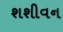
શશીવન